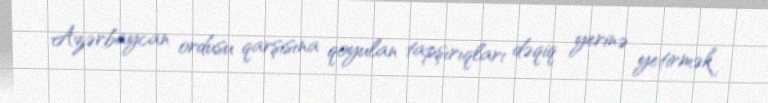
Azərbaycan ordusu qarşısına qoyulan tapşırıqları dəqiq yerinə yetirmək